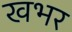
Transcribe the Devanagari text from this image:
खभर